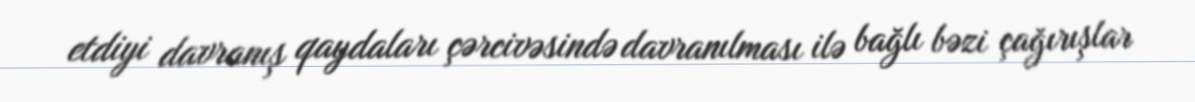
etdiyi davranış qaydaları çərcivəsində davranılması ilə bağlı bəzi çağırışlar